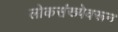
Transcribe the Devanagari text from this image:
लोकसंख्येवरून